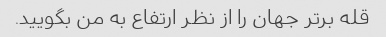
قله برتر جهان را از نظر ارتفاع به من بگویید.